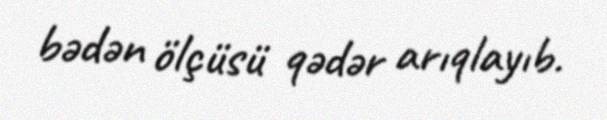
bədən ölçüsü qədər arıqlayıb.